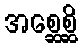
အစ္ဆေစ္ဆိ